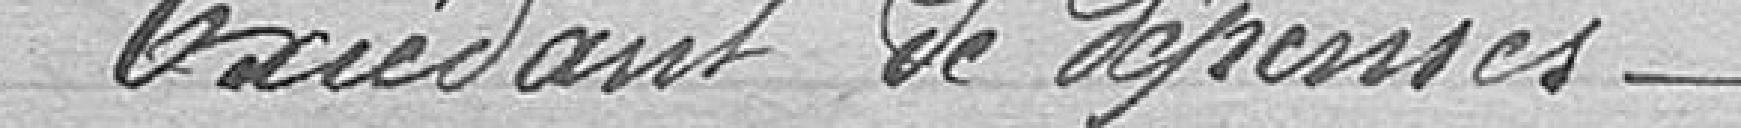
Excédant de dépenses